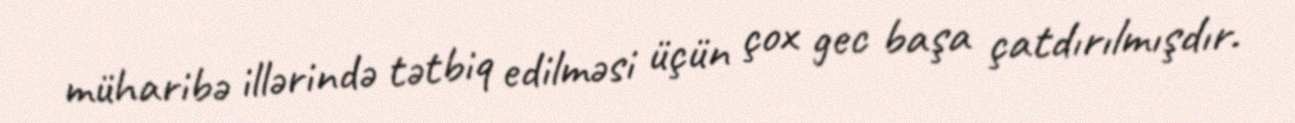
müharibə illərində tətbiq edilməsi üçün çox gec başa çatdırılmışdır.